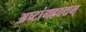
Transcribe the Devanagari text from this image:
अष्टांगह्रदयम्